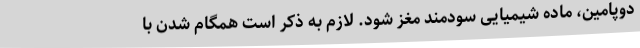
دوپامین، ماده شیمیایی سودمند مغز شود. لازم به ذکر است همگام شدن با